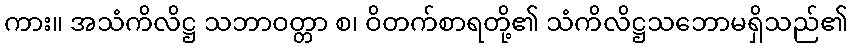
ကား။ အသံကိလိဋ္ဌ သဘာဝတ္တာ စ၊ ဝိတက်စာရတို့၏ သံကိလိဋ္ဌသဘောမရှိသည်၏